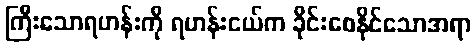
ကြီးသောရဟန်းကို ရဟန်းငယ်က ခိုင်းစေနိုင်သောအရာ